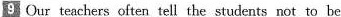
9 Our teachers often tell the students not to be